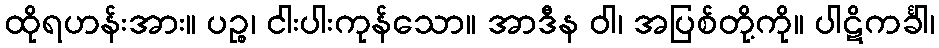
ထိုရဟန်းအား။ ပဉ္စ၊ ငါးပါးကုန်သော။ အာဒီန ဝါ၊ အပြစ်တို့ကို။ ပါဋိကင်္ခါ၊